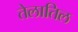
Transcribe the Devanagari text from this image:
तेलातिल